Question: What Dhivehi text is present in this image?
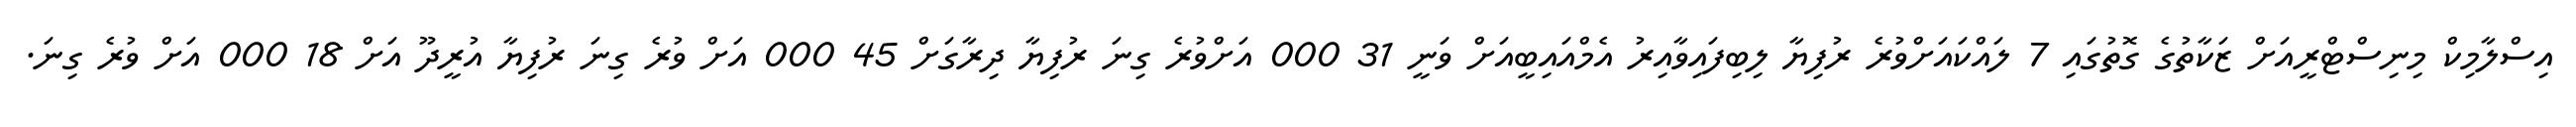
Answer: އިސްލާމިކް މިނިސްޓްރީއަށް ޒަކާތުގެ ގޮތުގައި 7 ލައްކައަށްވުރެ ރުފިޔާ ލިބިފައިވާއިރު އެމްއައިބީއަށް ވަނީ 31 000 އަށްވުރެ ގިނަ ރުފިޔާ ދިރާގަށް 45 000 އަށް ވުރެ ގިނަ ރުފިޔާ އުރީދޫ އަށް 18 000 އަށް ވުރެ ގިނަ.